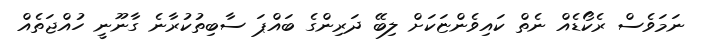
ނަމަވެސް ރެކޯޑެއް ނެތް ކައިވެންޏަކަށް ލިބޭ ދަރިންގެ ބައްޕަ ސާބިތުކުރާނެ ގާނޫނީ ހުއްޖަތެއް